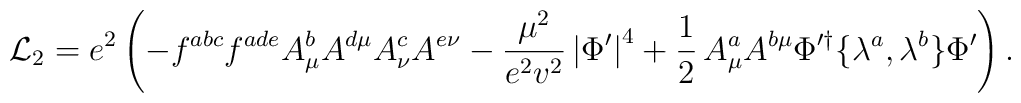
{\cal L}_2 = e^2\left(-f^{abc}f^{ade}A_\mu^bA^{d\mu}A_\nu^cA^{e\nu} -\frac{\mu^2}{e^2v^2}\left|\Phi^\prime\right|^4 +\frac{1}{2}\,A_\mu^aA^{b\mu}\Phi^{\prime\dagger}\{\lambda^a,\lambda^b\}\Phi^\prime\right).